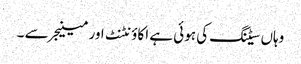
وہاں سیٹنگ کی ہوئی ہے اکاؤنٹنٹ اور مینیجر سے ۔